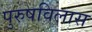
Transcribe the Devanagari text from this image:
पुरुषविलास